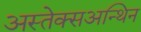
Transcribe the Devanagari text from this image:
अस्तेक्सअन्थिन